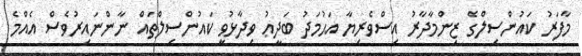
މާފަރު ކައުންސިލްގެ ޒިންމާދާރު އިސްވެރިޔާ އަޙުމަދު ބަދީޢު ވިދާޅުވީ ކައުންސިލްތައް ނާންނައިރުވެސް އެއްމެ